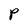
Character: P